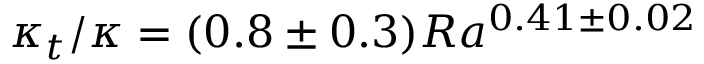
\kappa _ { t } / \kappa = ( 0 . 8 \pm 0 . 3 ) R a ^ { 0 . 4 1 \pm 0 . 0 2 }